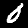
Digit: 0